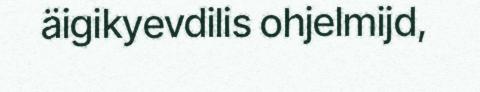
äigikyevdilis ohjelmijd,